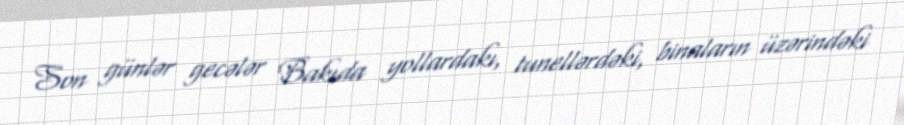
Son günlər gecələr Bakıda yollardakı, tunellərdəki, binaların üzərindəki